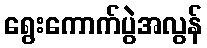
ရွေးကောက်ပွဲအလွန်